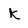
Character: k